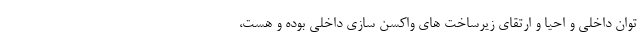
توان داخلی و احیا و ارتقای زیرساخت های واکسن سازی داخلی بوده و هست،